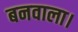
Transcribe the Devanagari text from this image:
बनवाला।